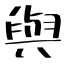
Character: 與